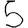
Digit: 5